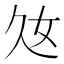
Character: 𡚰